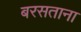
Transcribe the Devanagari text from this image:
बरसताना